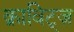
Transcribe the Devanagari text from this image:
क्राविट्ज़